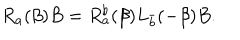
LaTeX: R _ { a } ( \beta ) B = R _ { a } ^ { b } ( \beta ) L _ { \bar { b } } ( - \beta ) B .